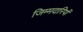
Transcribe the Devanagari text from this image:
जिम्मदारियों